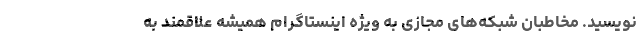
نویسید. مخاطبان شبکه‌های مجازی به ویژه اینستاگرام همیشه علاقمند به